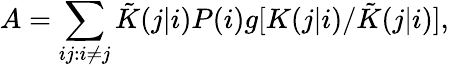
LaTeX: A=\sum_{ij:i\ne j}\tilde{K}(j|i)P(i)g[K(j|i)/\tilde{K}(j|i)],